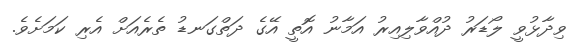
ވިދާޅުވީ ލޯޑަރު ދުއްވާލިއިރު އަމާނު އޮތީ އޭގެ ދަތްގަނޑު ތެރެއަށް އެރި ކަމަށެވެ.